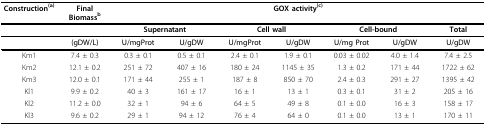
<table><thead><tr><td><b>Construction<sup>(a)</sup></b></td><td><b>Final Biomass<sup>b</sup></b></td><td colspan="7"><b>GOX activity<sup>(c)</sup></b></td></tr><tr><td></td><td></td><td colspan="2"><b>Supernatant</b></td><td colspan="2"><b>Cell wall</b></td><td colspan="2"><b>Cell-bound</b></td><td><b>Total</b></td></tr><tr><td></td><td><b>(gDW/L)</b></td><td><b>U/mgProt</b></td><td><b>U/gDW</b></td><td><b>U/mgProt</b></td><td><b>U/gDW</b></td><td><b>U/mg Prot</b></td><td><b>U/gDW</b></td><td><b>U/gDW</b></td></tr></thead><tbody><tr><td>Km1</td><td>7.4 ± 0.3</td><td>0.3 ± 0.1</td><td>0.5 ± 0.1</td><td>2.4 ± 0.1</td><td>1.9 ± 0.1</td><td>0.03 ± 0.02</td><td>4.0 ± 1.4</td><td>7.4 ± 2.5</td></tr><tr><td>Km2</td><td>12.1 ± 0.2</td><td>251 ± 72</td><td>407 ± 16</td><td>180 ± 24</td><td>1145 ± 35</td><td>1.3 ± 0.2</td><td>171 ± 44</td><td>1722 ± 62</td></tr><tr><td>Km3</td><td>12.0 ± 0.1</td><td>171 ± 44</td><td>255 ± 1</td><td>187 ± 8</td><td>850 ± 70</td><td>2.4 ± 0.3</td><td>291 ± 27</td><td>1395 ± 42</td></tr><tr><td>Kl1</td><td>9.9 ± 0.2</td><td>40 ± 3</td><td>161 ± 17</td><td>16 ± 1</td><td>13 ± 1</td><td>0.3 ± 0.1</td><td>31 ± 2</td><td>205 ± 16</td></tr><tr><td>Kl2</td><td>11.2 ± 0.0</td><td>32 ± 1</td><td>94 ± 6</td><td>64 ± 5</td><td>49 ± 8</td><td>0.1 ± 0.0</td><td>16 ± 3</td><td>158 ± 17</td></tr><tr><td>Kl3</td><td>9.6 ± 0.2</td><td>29 ± 1</td><td>94 ± 12</td><td>76 ± 4</td><td>64 ± 0</td><td>0.1 ± 0.0</td><td>13 ± 1</td><td>170 ± 11</td></tr></tbody></table>